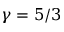
\gamma = 5 / 3